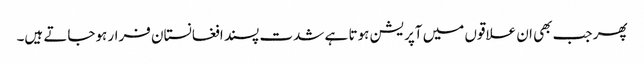
پھر جب بھی ان علاقوں میں آپریشن ہوتا ہے شدت پسند افغانستان فرار ہوجاتے ہیں۔